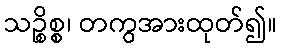
သဉ္စိစ္စ၊ တကွအားထုတ်၍။